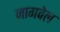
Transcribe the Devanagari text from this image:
नागवेल